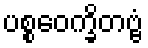
ပစ္စဝေက္ခိတဗ္ဗံ